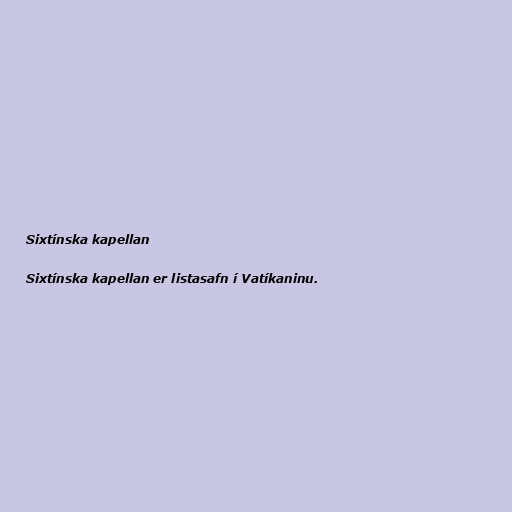
Sixtínska kapellan

Sixtínska kapellan er listasafn í Vatíkaninu.